Vital statistics of India. Vol. VI, European troops 1870-79
Year: 1870
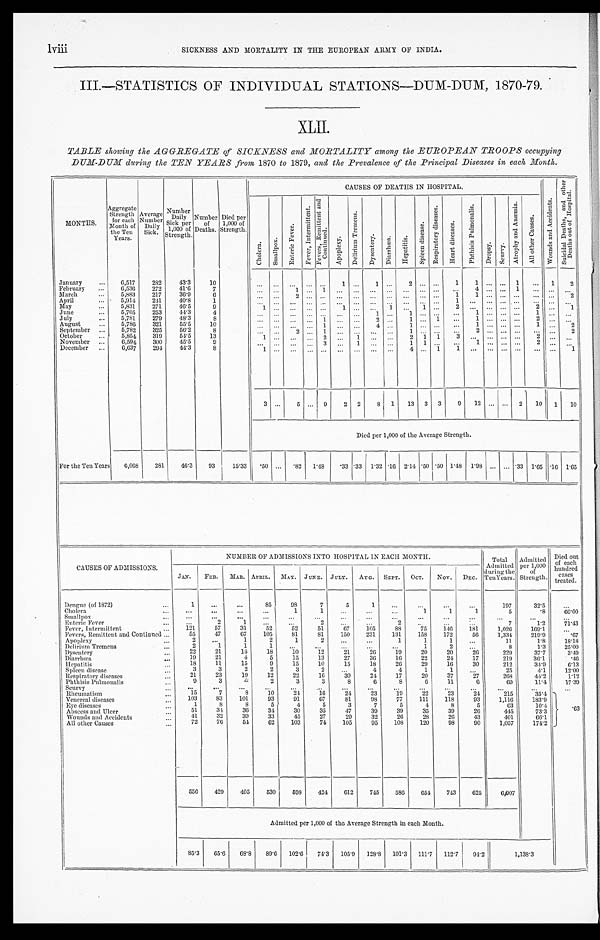
lviii
SICKNESS AND MORTALITY IN THE EUROPEAN ARMY OF INDIA.
III.—STATISTICS OF INDIVIDUAL STATIONS—DUM-DUM, 1870-79.
XLII.
TABLE showing the AGGREGATE of SICKNESS and MORTALITY among the EUROPEAN TROOPS occupying
DUM-DUM during the TEN YEARS from 1870 to 1879, and the Prevalence of the Principal Diseases in each Month.
MONTHS.
Aggregate
Strength
for each
Month of
the Ten
Years.
Average
Number
Daily
Sick.
Number
Daily
Sick per
1,000 of
Strength.
Number
of
Deaths.
Died per
1,000 of
Strength.
CAUSES OF DEATHS IN HOSPITAL.
W o u n d s a n d A c c i d e n t s .
S u i c i d a l D e a t h s , a n d o t h e r
D e a t h s o u t o f H o s p i t a l .
C h o l e r a .
S ma l l p o x .
E n t e r i c F e v e r .
F e v e r , I n t e r m i t t e n t .
F e v e r s , R e m i t t e n t a n d
C o n t i n u e d .
A p o p l e x y .
D e l i r i u m T r e m e n s .
D y s e n t r y .
D i a r r h œ a .
H e p a t i t i s .
S p l e e n d i s e a s e .
R e s p i r a t o r y d i s e a s e s .
H e a r t d i s e a s e s .
P h t h i s i s P u l m o n a l i s .
D r o p s y . S c u r v y .
A t r o p h y a n d A n æ m i a .
A l l o t h e r C a u s e s .
January
. . .
6,517
282
43.3
10
. . . ...
. . . ...
. . .
1 ...
1 ...
2 ... ...
1
1
. . . ... 1
. . . 1
2
February
. . .
6,536
272
41.6
7
. . . ...
1 ... 1
. . . ... ... ...
. . . ... ...
. . .
4
. . .
...
1
. . . ...
. . .
March
. . . 5,883
217
36.9
6
. . . ... 2
...
. . . . . . ...
. . . ...
. . . ... ...
1
1
. . .
...
...
. . .
...
2
April
. . . 5,914
241
40.8
1
. . . ...
. . . ...
. . . . . . ...
. . . ...
. . . ... ...
1
. . .
. . .
...
...
. . . ...
. . .
May
. . .
5,831
271
46.5
9
1 ...
... ...
. . .
1 ...
... 1
... 1 ...
2
. . .
. . . ... ...
2 ...
1
June
. . . 5,705
253
44.3
4
. . . ... ... ...
. . .
. . . ...
1 ...
1 ... ...
. . .
1
. . .
... ...
1 ...
. . .
July
. . .
5,781
279
48.3
8
. . . ...
. . . ...
1 . . . ... 2 ...
1 ... 1
. . .
1
. . .
... ...
2 ...
. . .
August
. . .
5,786
321
55.5
10
. . . ...
. . .
. . . 1
. . . ...
4 ... 1
... ...
. . .
1
. . .
... ...
1 ...
2
September
. . .
5,782
325
56.2
8
. . . ...
2 ... 1
. . . ... ... ... 1
... ...
. . .
2
. . .
... ...
. . .
...
2
October
. . .
5,854
319
54.5
13
1 ... ... ...
2
. . . 1 ... ...
2 1 1
3
. . .
. . .
... ...
2 ...
. . .
November
. . . 6,594
300
45.5
9
. . . ...
... ...
3 . . . 1 ... ... 1
1 ...
. . .
1
. . .
... ...
2 ...
. . .
December
. . .
6,637
294
44.3
8
1 ...
. . . ...
. . .
. . . ...
. . . ...
4 ... 1
1
. . .
. . .
...
...
. . .
...
1
3 ...
5 ... 9
2 2
8 1
13 3 3
9
12
. . . ... 2
10 1
10
Died per 1,000 of the Average Strength.
For the Ten Years
6,068
281
46.3
9 3
15.33 .50 ... .82 1.48
.33 .33 1.32 .16 2.14 .50 .50 1.48 1.98
. . . . . . .33 1.65 .16 1.65
CAUSES OF ADMISSIONS.
NUMBER OF ADMISSIONS INTO HOSPITAL IN EACH MONTH.
Total
Admitted
during the
Ten Years.
Admitted
per 1,000
of
Strength.
Died out
of each
hundred
c a s e s
treated.
JAN.
FEB.
MAR. APRIL.
MAY. JUNE. JULY.
AUG. SEPT.
OCT.
NOV. DEC.
Dengue (of 1872)
. . .
1
. . .
. . .
85
98
7
5
1
. . .
. . .
. . .
. . .
197
32.5
. . .
Cholera
. . .
. . .
. . .
. . .
. . .
1
1
. . .
. . .
. . .
1
1
1
5
.8
60.00
Small pox
. . .
. . .
. . .
. . .
. . .
. . .
. . .
. . .
. . .
. . .
. . .
. . .
. . .
. . .
. . .
. . .
Enteric Fever
. . .
. . .
2
1
. . .
. . .
2
. . .
. . .
2
. . .
. . .
. . .
7
1.2
71.43
Fever, Intermittent
. . .
121
57
31
52
52
51
67
105
88
75
146
181
1,026
169.1
. . .
Fevers, Remittent and Continued . . .
55
47
67
105
8 1
81
150
231
131
158
172
56
1,334
219.9
.67
Apoplex
. . .
2
. . .
1
2
1
2
. . .
. . .
1
1
1
. . .
11
1.8
18.18
Delirium Tremens
. . .
2
1
1
1
. . .
. . .
. . .
. . .
. . .
1
2
. . .
8
1.3
25.00
Dysentery
. . .
22
21
14
18
10
12
21
26
19
20
20
26
229
37.7
3.49
Diarrhœa
. . .
19
21
4
5
15
13
27
36
16
22
24
17
219
36.1
.46
Hepatitis
. . .
18
11
15
9
15
10
15
18
26
29
16
30
212
34.9
6.13
Spleen disease
. . .
3
3
2
2
3
2
. . .
4
4
1
1
. . .
25
4.1
12.00
Respiratory diseases
. . .
21
23
19
12
22
16
30
24
17
20
37
27
268
44.2
1.12
Phthisis Pulmonalis
. . .
9
3
4
2
3
3
8
6
8
6
11
6
69
11.4
17.39
Scurvy
. . .
. . .
. . .
. . .
. . .
. . .
. . .
. . .
. . .
. . .
. . .
. . .
. . .
. . .
. . .
. . .
Rheumatism
. . .
15
7
8
10
24
16
24
23
19
22
23
24
215
35.4
.63
Venereal diseases
. . .
103
83
101
93
91
6 7 81
98
77
111
118
93
1,116
183.9
Eye diseases
. . .
1
8
8
5
4
5
3
7
5
4
8
5
63
10.4
Abscess and Ulcer
. . .
51
34
36
34
30
35
47
39
39
35
39
26
445
73.3
Wounds
and
A
ccidents
. . .
41
32
39
33
45
27
29
32
26
28
26
43
401
66.1
All other Causes
. . .
72
76
54
62
103
74
105
95
108
120
98
90
1,057
174.2
556
429
405
530
598
424
612
745
586
654
743
625
6,007
Admitted per 1,000 of the Average Strength in each Month.
85.3
65.6
68.8
89.6 102.6
74.3 105.9 128.8 101.3 111.7 112.7
94.2
1,138.3